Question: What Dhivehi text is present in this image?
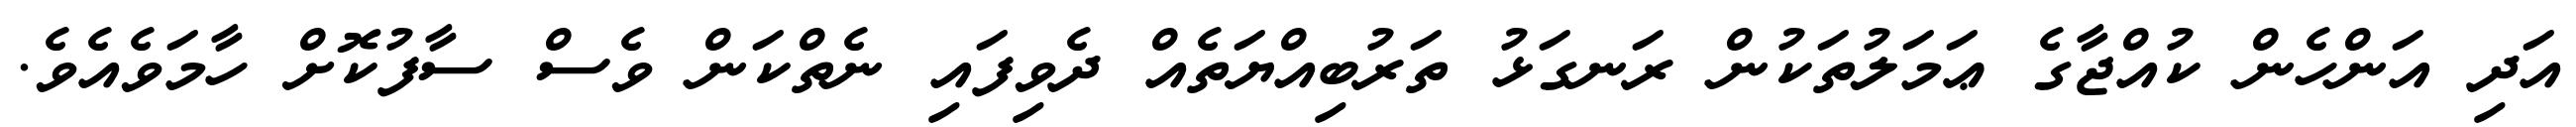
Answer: އަދި އަންހެން ކުއްޖާގެ ޢަމަލުތަކުން ރަނގަޅު ތަރުބިއްޔަތެއް ދެވިފައި ނެތްކަން ވެސް ސާފުކޮށް ހާމަވެއެވެ.